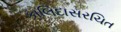
કાલિદાસરચિત